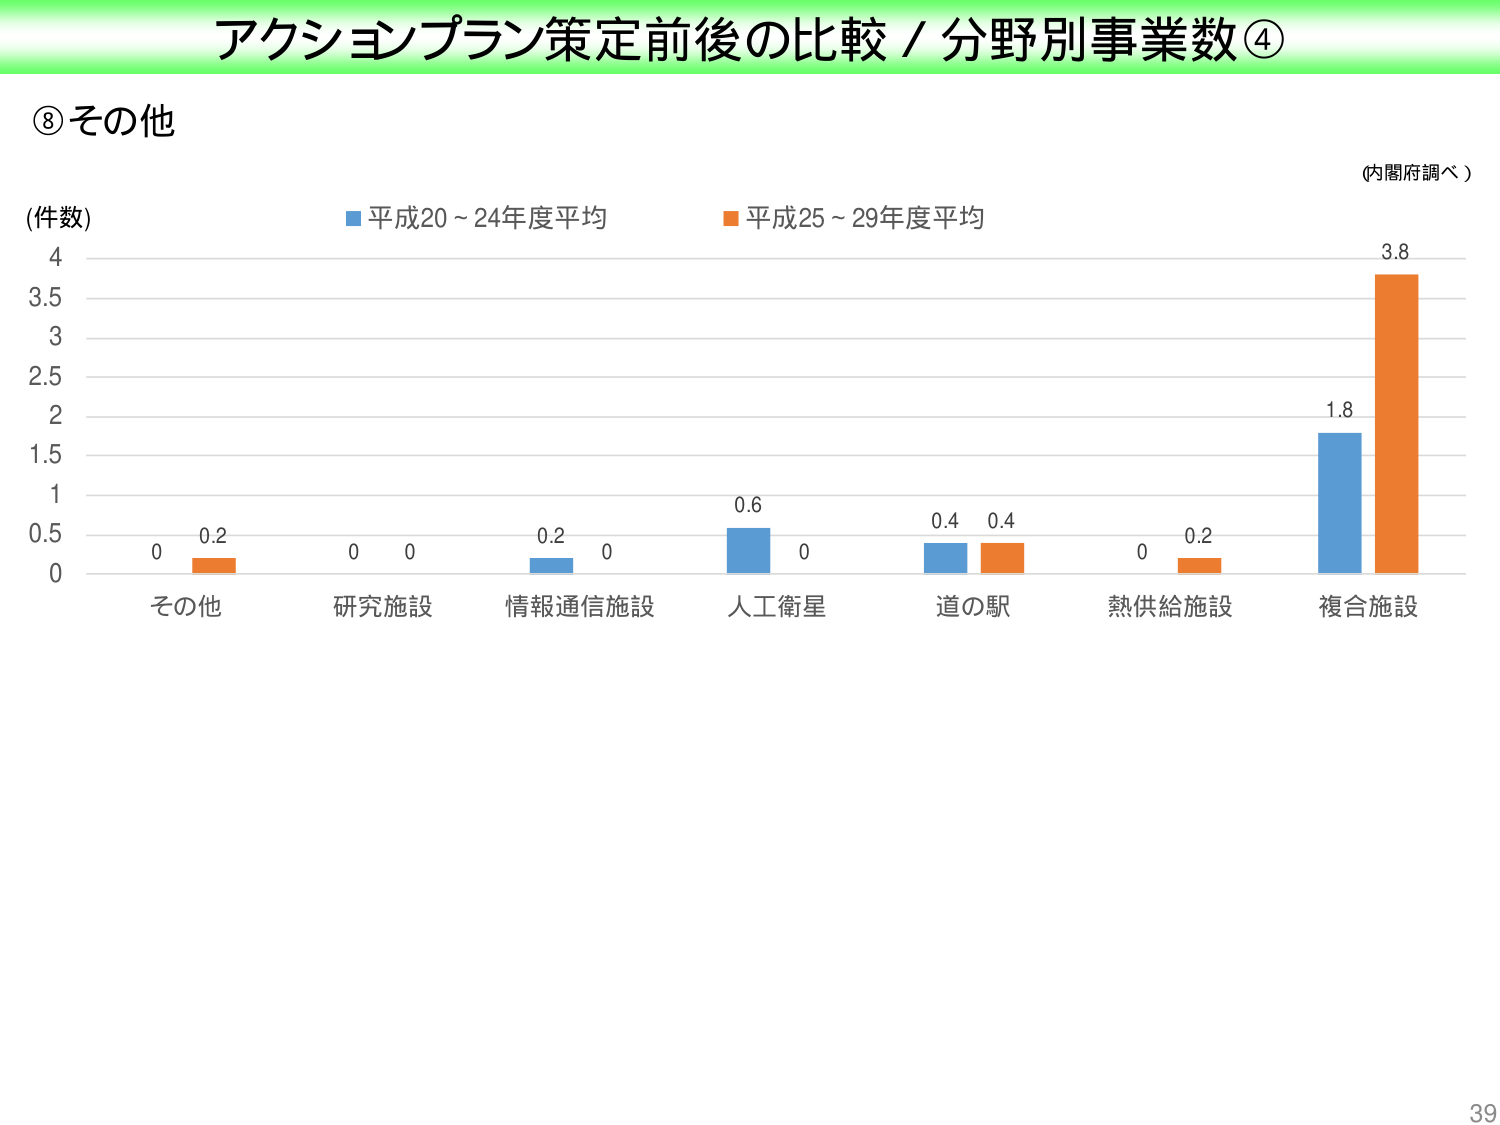
アクションプラン策定前後の比較 / 分野別事業数④

⑧その他

(件数)

■ 平成20～24年度平均
■ 平成25～29年度平均

(内閣府調べ)

0    0.2
その他

0    0
研究施設

0.2  0
情報通信施設

0.6  0
人工衛星

0.4  0.4
道の駅

0    0.2
熱供給施設

1.8  3.8
複合施設

39